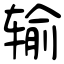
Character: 输